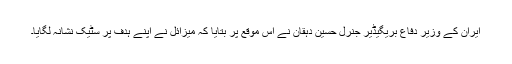
ایران کے وزیر دفاع بریگیڈیر جنرل حسین دہقان نے اس موقع پر بتایا کہ میزائل نے اپنے ہدف پر سٹیک نشانہ لگایا۔